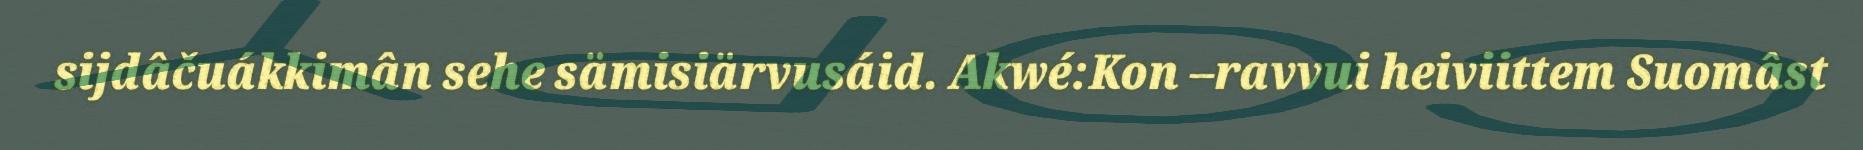
sijdâčuákkimân sehe sämisiärvusáid. Akwé:Kon –ravvui heiviittem Suomâst